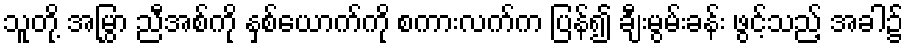
သူတို့ အမြွှာ ညီအစ်ကို နှစ်ယောက်ကို စကားလက်က ပြန်၍ ချီးမွမ်းခန်း ဖွင့်သည့် အခါ၌